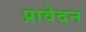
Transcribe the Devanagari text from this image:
प्रावेदन